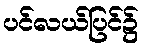
ပင်လယ်ပြင်၌